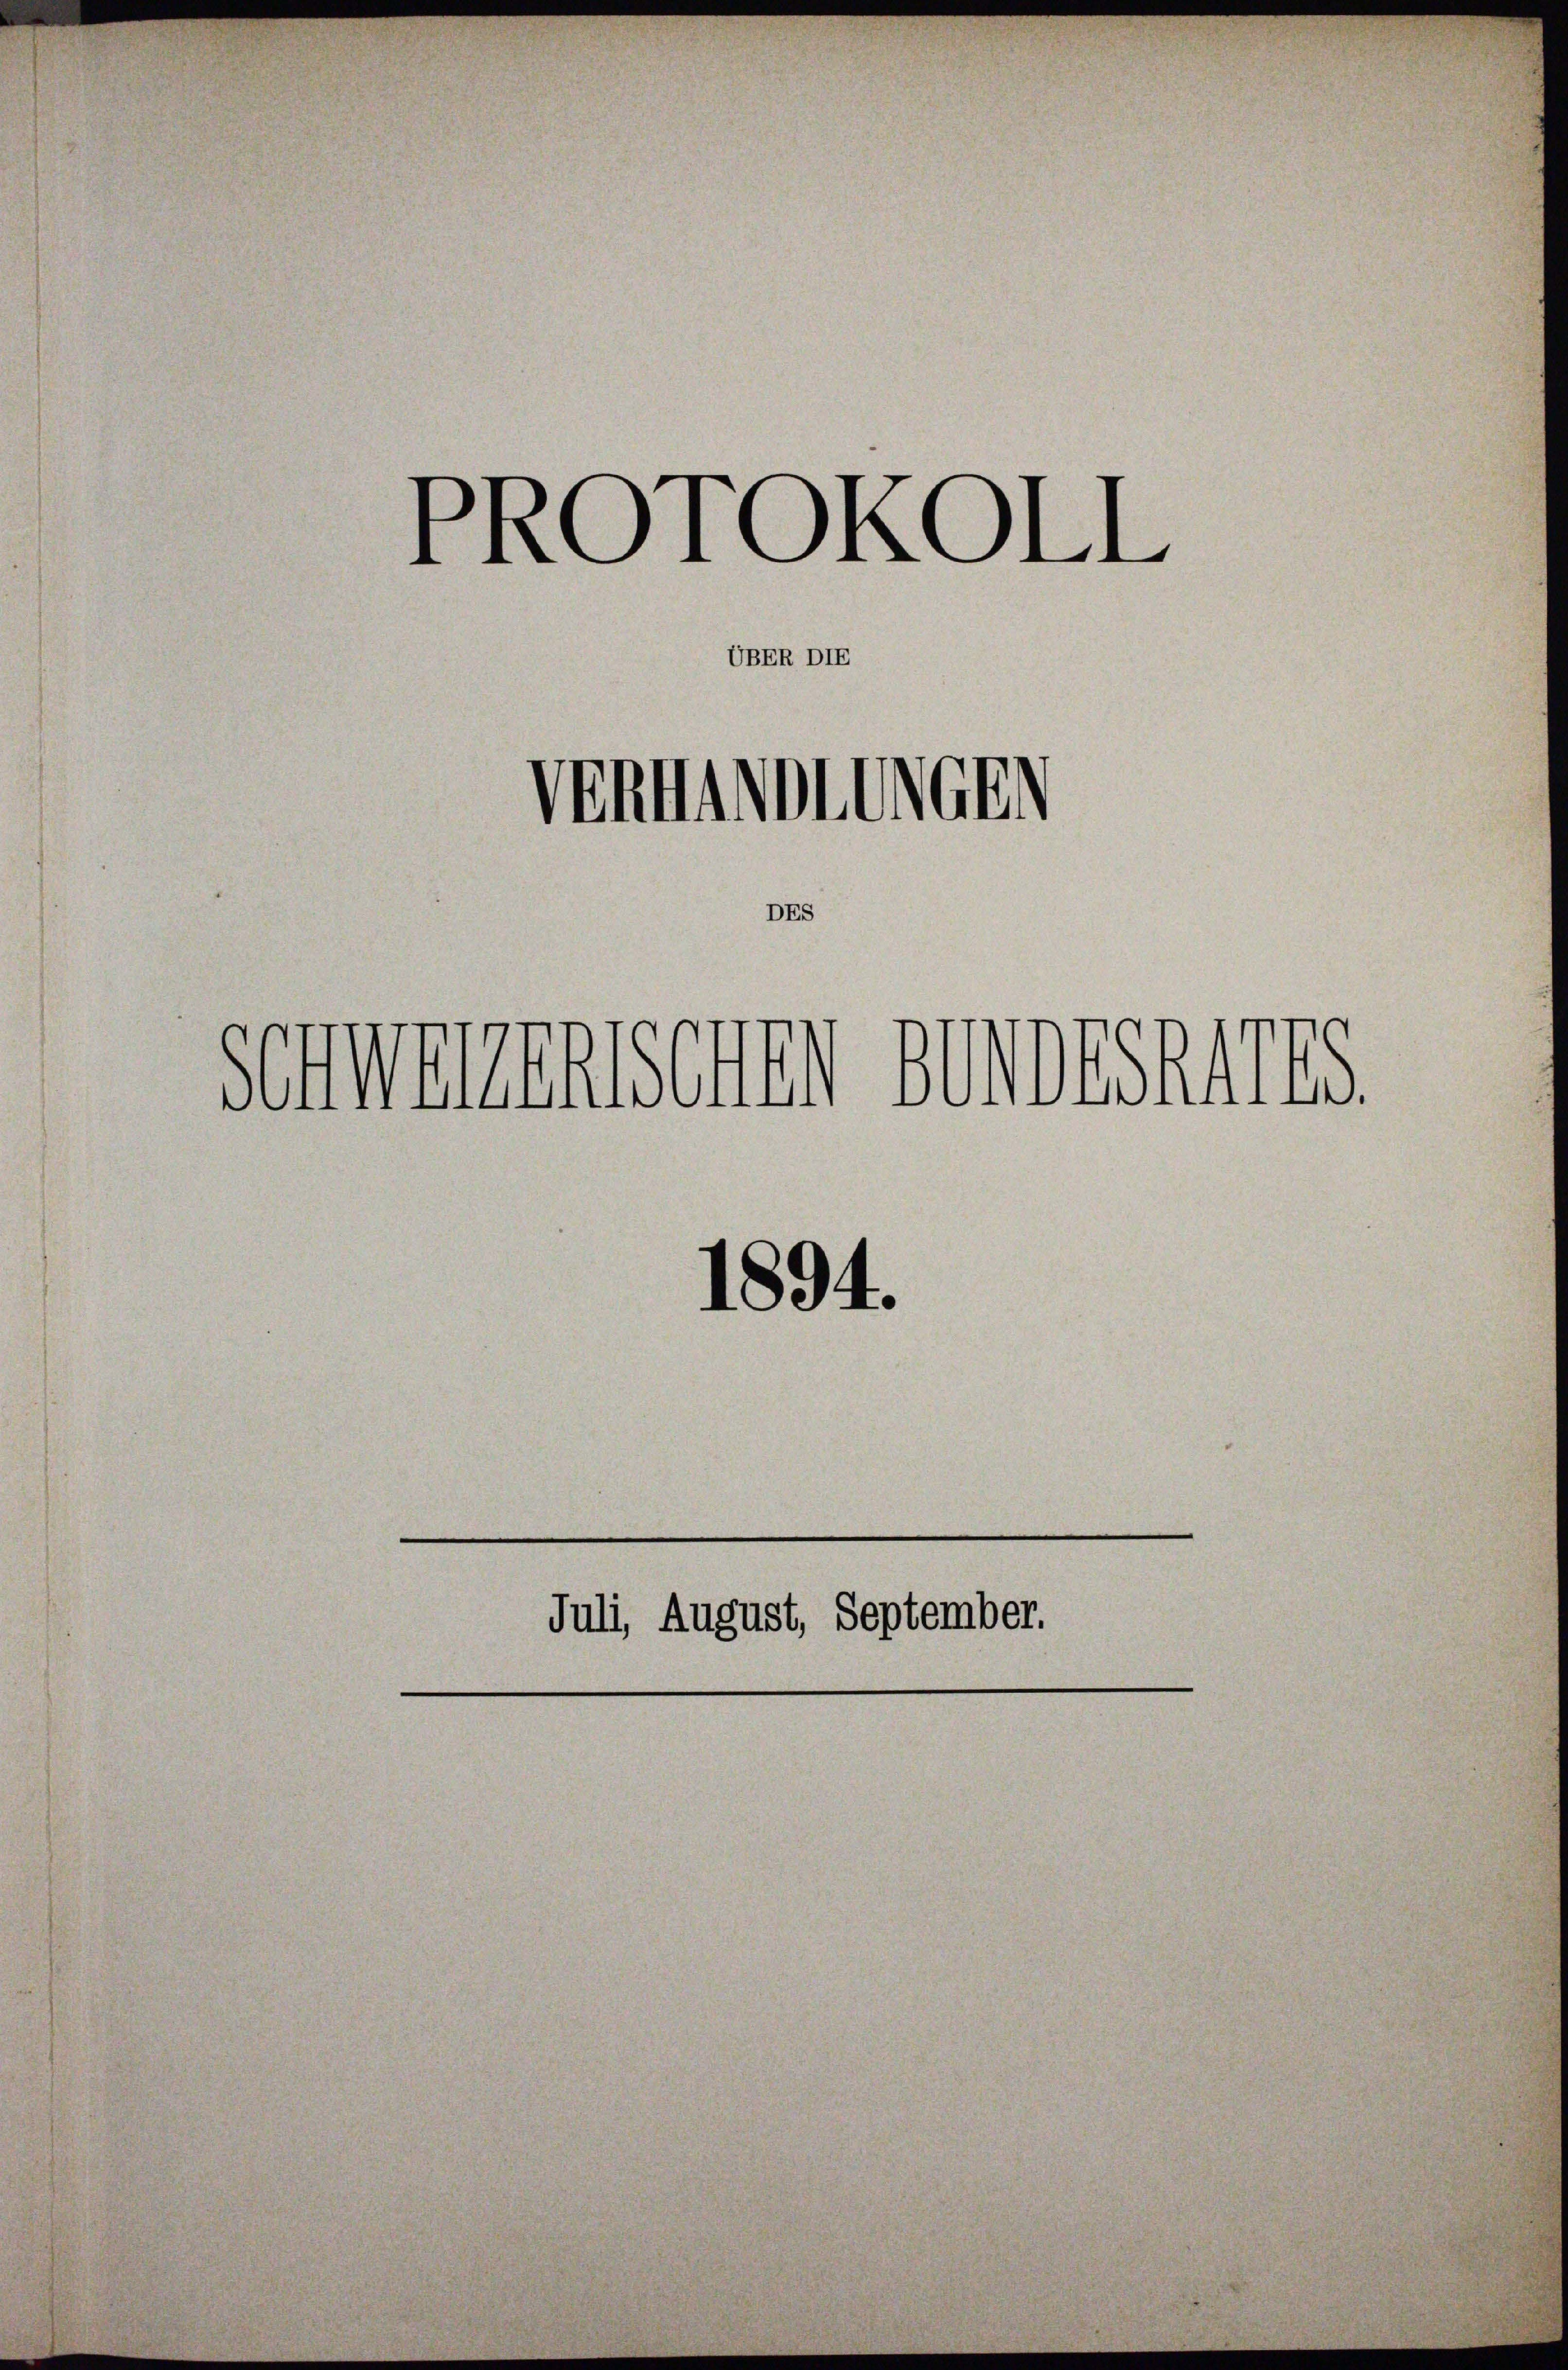
Sommenen sein gewisheris
1894.
Juli, August, September.
e

PROTOKOLL
UBER DIE
Vermitten

DES